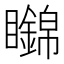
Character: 𥌹